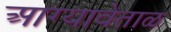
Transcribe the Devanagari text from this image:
आग्यावेताळ